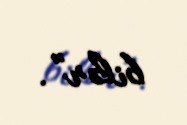
bilər”.